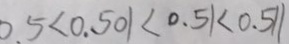
0 . 5 < 0 . 5 0 1 < 0 . 5 1 < 0 . 5 1 1